Annual administration report of the Bombay Presidency - 1887-1892
Year: 1887
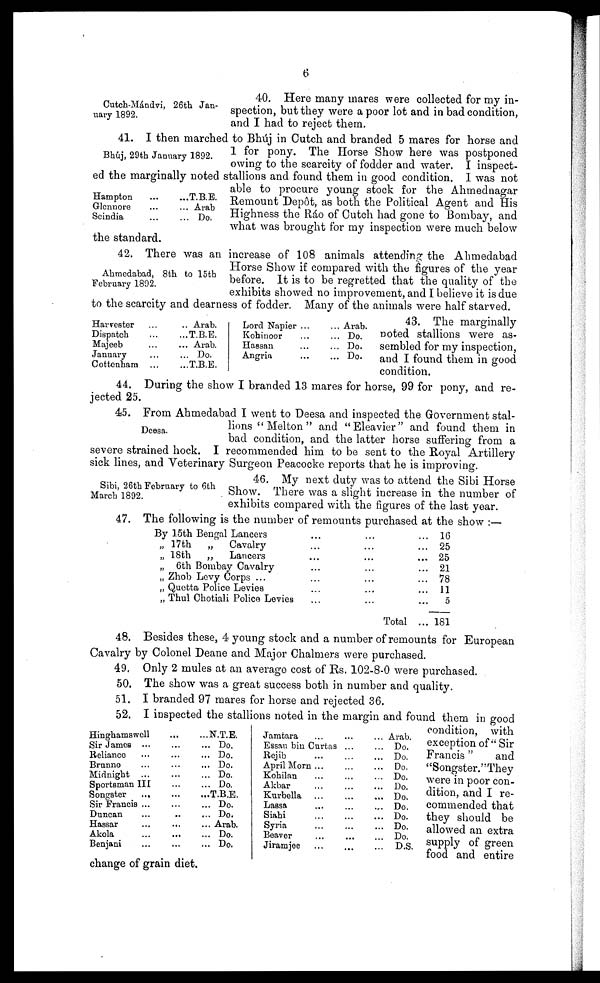
6
Cutch-Mándvi, 26th Jan-
uary 1892.
40. Here many mares were collected for my in-
spection, but they were a poor lot and in bad condition,
and I had to reject them.
Bhúj, 29th January 1892.
41. I then marched to Bhúj in Cutch and branded 5 mares for horse and
1 for pony. The Horse Show here was postponed
owing to the scarcity of fodder and water. I inspect-
ed the marginally noted stallions and found them in good condition. I was not
able to procure young stock for the Ahmednagar
Remount Depôt, as both the Political Agent and His
Highness the Ráo of Cutch had gone to Bombay, and
what was brought for my inspection were much below
the standard.
Hampton ... ...
Glennore ... ...
Scindia ... ...
T.B.E.
Arab
Do.
Ahmedabad, 8th to 15tb
February 1892.
42. There was an increase of 108 animals attending the Ahmedabad
Horse Show if compared with the figures of the year
before. It is to be regretted that the quality of the
exhibits showed no improvement, and I believe it is due
to the scarcity and dearness of fodder. Many of the animals were half starved.
Harvester ... ...
Dispatch ... ...
Majeeb ... ...
January ... ...
Cottenham ... ...
Arab.
T.B.E.
Arab.
Do.
T.B.E.
Lord Napier ... ...
Kohinoor ... ...
Hassan ... ...
Angria ... ...
Arab.
Do.
Do.
Do.
43. The marginally
Doted stallions were as-
sembled for my inspection,
and I found them in good
condition.
44. During the show I branded 13 mares for horse, 99 for pony, and re-
jected 25.
Dcesa.
45. From Ahmedabad I went to Deesa and inspected the Government stal-
lions "Melton" and "Eleavier" and found them in
bad condition, and the latter horse suffering from a
severe strained hock. I recommended him to be sent to the Royal Artillery
sick lines, and Veterinary Surgeon Peacocke reports that he is improving.
Sibi, 26th February to 6th
March 1892.
46. My next duty was to attend the Sibi Horse
Show. There was a slight increase in the number of
exhibits compared with the figures of the last year.
47. The following is the number of remounts purchased at the show:—
By 15th Bengal Lancers ... ... ...
„ 17th
„
Cavalry ... ... ...
„ 18th
„
Lancers ... ... ...
„ 6th Bombay Cavalry ... ... ...
„ Zhob Levy Corps ... ... ... ...
„ Quetta Police Levies ... ... ...
„ Thul Chotiali Police Levies ... ... ...
Total ...
16
25
25
21
78
11
5
181
48. Besides these, 4 young stock and a number of remounts for European
Cavalry by Colonel Deane and Major Chalmers were purchased.
49. Only 2 mules at an average cost of Rs. 102-8-0 were purchased.
50. The show was a great success both in number and quality.
51. I branded 97 mares for horse and rejected 36.
Hinghamswell ... ...
Sir James ... ... ...
Reliance ... ... ...
Brunno ... ... ...
Midnight ... ... ...
Sportsman III ... ...
Songster ... ... ...
Sir Francis ... ... ...
Duncan ... ... ...
Hassar ... ... ...
Akola ... ... ...
Benjani ... ...
N.T.E.
Do.
Do.
Do.
Do.
Do.
T.B.E.
Do.
Do.
Arab.
Do.
Do.
Jamtara ... ... ...
Essau bin Curtas ... ...
Rejib ... ... ...
April Morn ... ... ...
Kohilan ... ... ...
Akbar ... ... ...
Kurbella ... ... ...
Lassa ... ... ...
Siahi ... ... ...
Syria ... ... ...
Beaver ... ... ...
Jiramjee ... ... ...
Arab.
Do.
Do.
Do.
Do.
Do.
Do.
Do.
Do.
Do.
Do.
D.S.
52. I inspected the stallions noted in the margin and found them in good
condition, with
exception of "Sir
Francis"
and
"Songster. ''They
were in poor con-
dition, and I re-
commended that
they should be
allowed an extra
supply of green
food and entire
change of grain diet.